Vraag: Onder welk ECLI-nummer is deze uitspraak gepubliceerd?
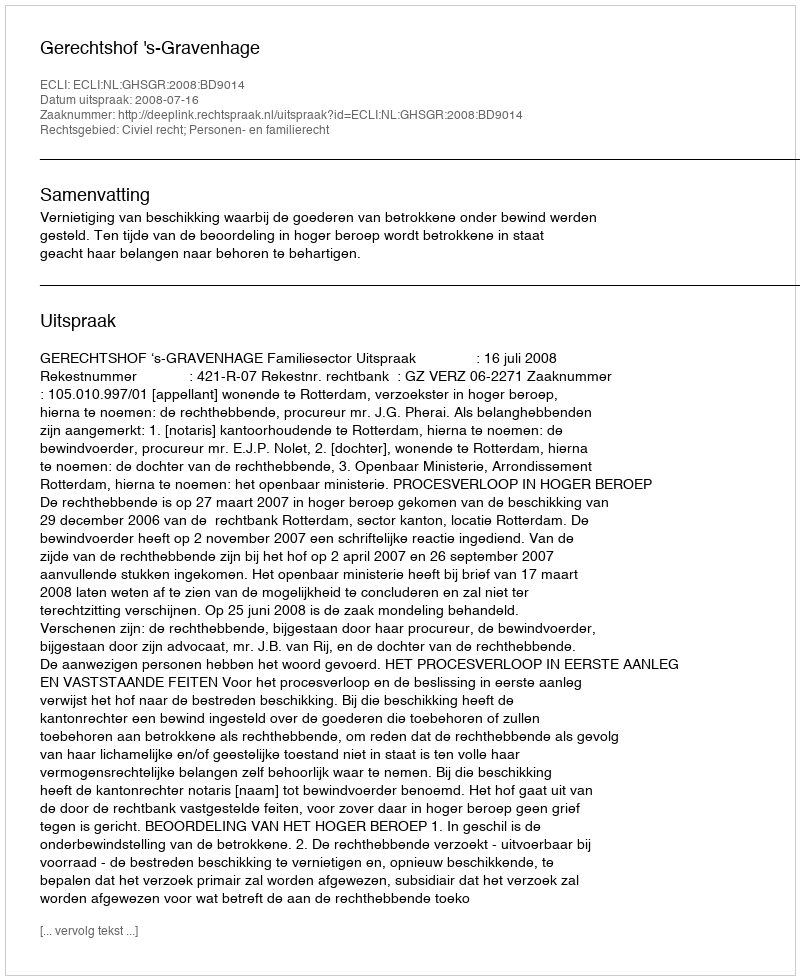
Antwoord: ECLI:NL:GHSGR:2008:BD9014